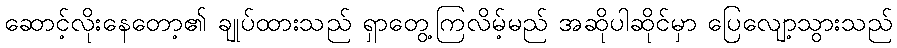
ဆောင့်လိုးနေတော့၏ ချုပ်ထားသည် ရှာတွေ့ကြလိမ့်မည် အဆိုပါဆိုင်မှာ ပြေလျော့သွားသည်